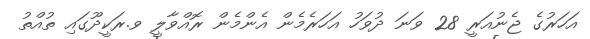
އަހަރުގެ ޖެނުއަރީ 28 ވަނަ ދުވަހު އަހަރެމެން އެންމެން ރޮއްވާލީ ވ.ރަކީދޫގައި ތުއްތު